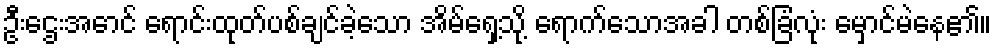
ဦးဌေးအောင် ရောင်းထုတ်ပစ်ချင်ခဲ့သော အိမ်ရှေ့သို့ ရောက်သောအခါ တစ်ခြံလုံး မှောင်မဲနေ၏။